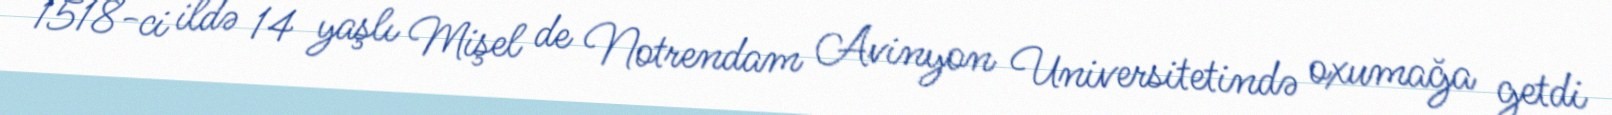
1518-ci ildə 14 yaşlı Mişel de Notrendam Avinyon Universitetində oxumağa getdi